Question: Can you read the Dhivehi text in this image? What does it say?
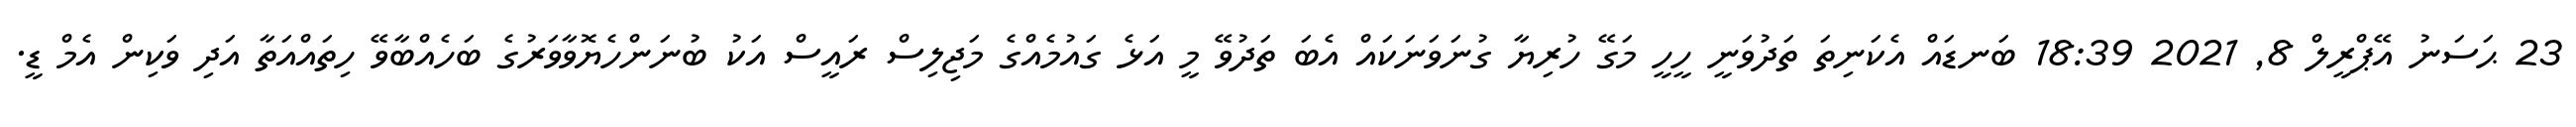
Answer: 23 ޙަސަނު އޭޕްރީލް 8, 2021 18:39 ބަނޑައް އެކަނިތަ ތަދުވަނީ ހީހީ މަގޭ ހުރިޔާ ގުނަވަނަކައް އެބަ ތަދުވޭ މީ އަޅެ ގައުމެއްގެ މަޖިލިސް ރައީސް އަކު ބުނަންހެޔޮވާވަރުގެ ބަހެއްބާވޭ ހިތައްއަތާ އަދި ވަކިން އެމް ޑީ.